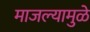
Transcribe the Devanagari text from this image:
माजल्यामुळे